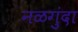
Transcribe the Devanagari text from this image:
नळगुंदा